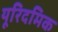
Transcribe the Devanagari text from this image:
यूरिदमिक